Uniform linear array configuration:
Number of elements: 12
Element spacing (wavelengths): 0.5
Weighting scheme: hann
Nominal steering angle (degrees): -45
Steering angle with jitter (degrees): -45.853
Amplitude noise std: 0.05
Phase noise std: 0.05

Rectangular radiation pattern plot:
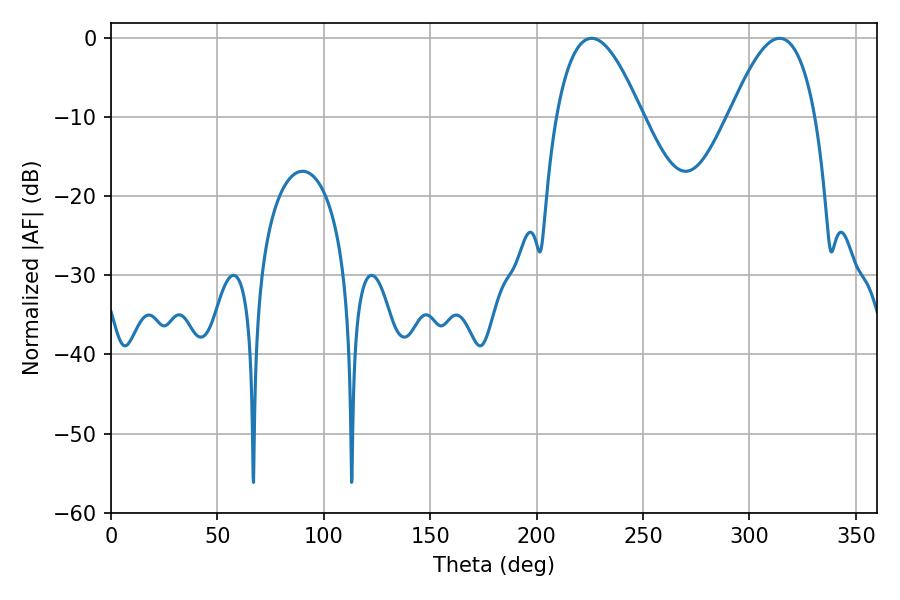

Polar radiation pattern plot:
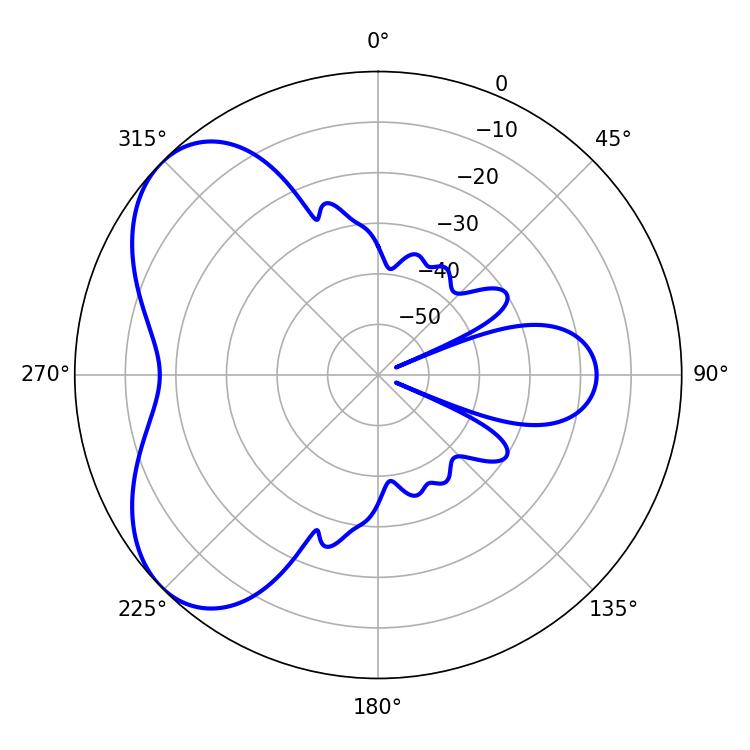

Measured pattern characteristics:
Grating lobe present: FALSE
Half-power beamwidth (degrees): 21.96
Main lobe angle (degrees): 225.9